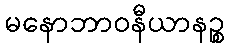
မနောဘာဝနီယာနဉ္စ